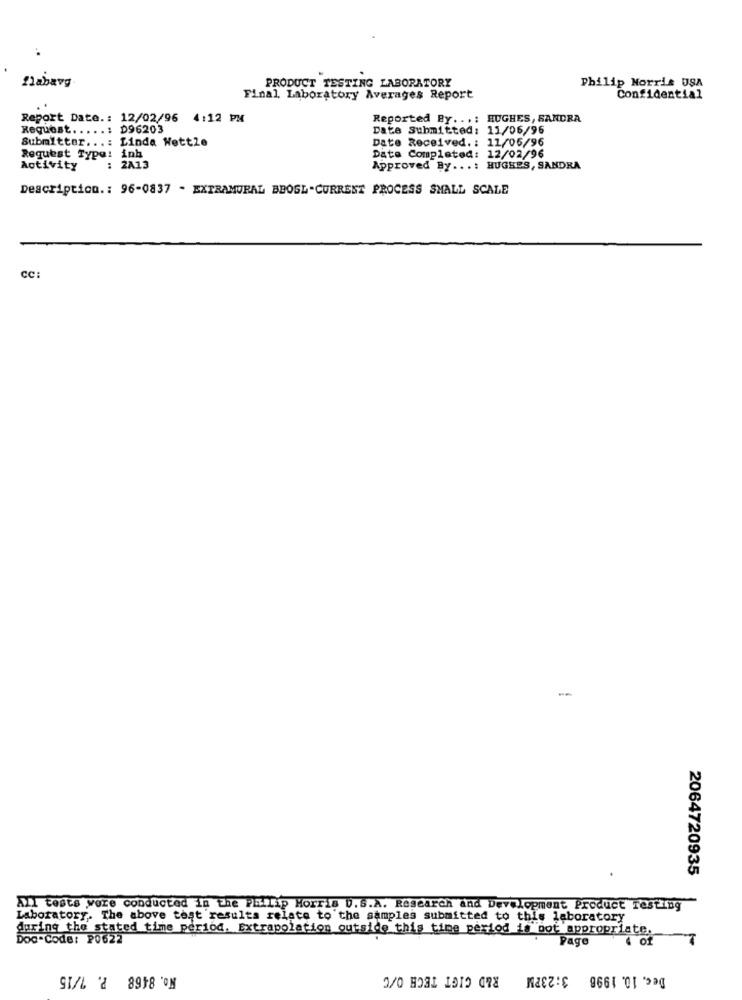
flabavg
Philip Morris USA
PRODUCT TESTING LABORATORY
Final, Laboratory Averages Report
Confidential
Report Date .: 12/02/96 4:12 PM
Reported By ...: HUGHES, SANDRA
Request .....: D96203
Date Submitted: 11/06/96
Submitter ...: Linda Wette
Date Received. : 11/05/96
Request Type: inh
Date Completed: 12/02/96
Activity
: 2A13
Approved By ...: HUGHES, SANDRA
Description .: 96-0837 - EXTRAMURAL BBOSL-CURRENT PROCESS SMALL SCALE
cc:
2064720935
All tests were conducted in the Phillip Morris U.s.A. Research and Development Product Testing
Laboratory. The above test results relate to the samples submitted to this laboratory
during the stated time period. Extrapolation outside this time period is not appropriate.
Doc-Code: P0622
Page
4 of
No. 8468 P. 7/15
3:23PM R&D CIGT TECH O/C
Dec. 10. 1996